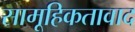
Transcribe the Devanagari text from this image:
सामूहिकतावाद